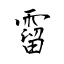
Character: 霤